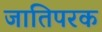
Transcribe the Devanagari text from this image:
जातिपरक